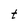
Character: t